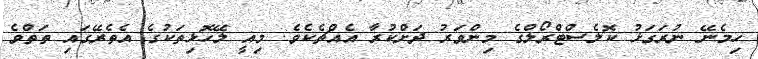
ހިމެނޭ ނުރަގަޅު ކޮލެސްޓްރޯލްގެ މިންވަރު ދަށްކުރާ އެއްޗެކެވެ. މިއީ ލޭހޮޅިތަކުގެ އެތެރޭގައި ތަތްވެ